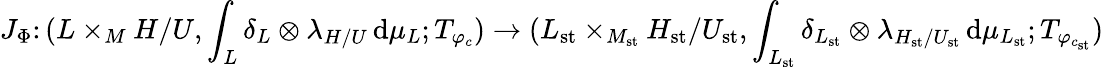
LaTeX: J_{\Phi}\colon(L\times_{M}H/U,\int_{L}\delta_{L}\otimes\lambda_{H/U}\, \mathrm{d}\mu_{L};T_{\varphi_{c}})\rightarrow(L_{\mathrm{st}}\times_{M_{\mathrm{st}}}H_{\mathrm{st}}/U_{\mathrm{st}},\int_{L_{\mathrm{st}}}\delta_{L_{\mathrm{st}}}\otimes\lambda_{H_{\mathrm{st}}/U_{\mathrm{st}}}\, \mathrm{d}\mu_{L_{\mathrm{st}}};T_{\varphi_{c_{\mathrm{st}}}})